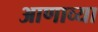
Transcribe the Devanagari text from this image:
आणाव्या